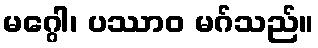
မဂ္ဂေါ၊ ပဿာဝ မဂ်သည်။